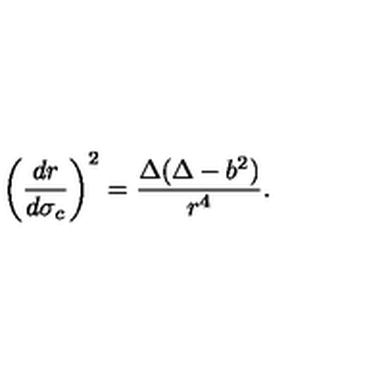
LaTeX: \left( \frac { d r } { d \sigma _ { c } } \right) ^ { 2 } = \frac { \Delta ( \Delta - b ^ { 2 } ) } { r ^ { 4 } } .